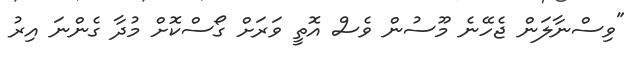
"ވިސްނާލަން ޖެހޭނެ މޫސުން ވެސް އޮތީ ވަރަށް ގޯސްކޮށް މުދާ ގެންނަ އިރު